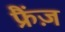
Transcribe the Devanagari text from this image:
फ्रैंज़